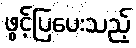
ဖွင့်ပြပေးသည့်